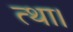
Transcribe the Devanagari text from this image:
त्था।